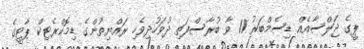
ޕީގެ ޖަލްސާއެއް ޑިސެމްބަރު 11 ވާ ބުރާސްފަތި ދުވަހުދިވެހި ރައްޔިތުންގެ ޑިމޮކްރެޓިކް ޕާޓީގެ